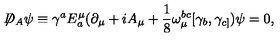
\not { \! \! D } _ { A } \psi \equiv \gamma ^ { a } E _ { a } ^ { \mu } ( \partial _ { \mu } + i A _ { \mu } + \frac { 1 } { 8 } \omega _ { \mu } ^ { b c } [ \gamma _ { b } , \gamma _ { c ] } ) \psi = 0 ,